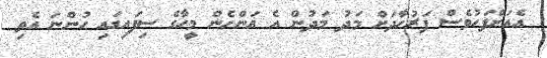
އެއަށްފަހުވެސް ފަރުހާދަށް މަދު މަދުން އެ އަންހެން މީހާގެ ސިފައިގައި ހުންނަ އެތި